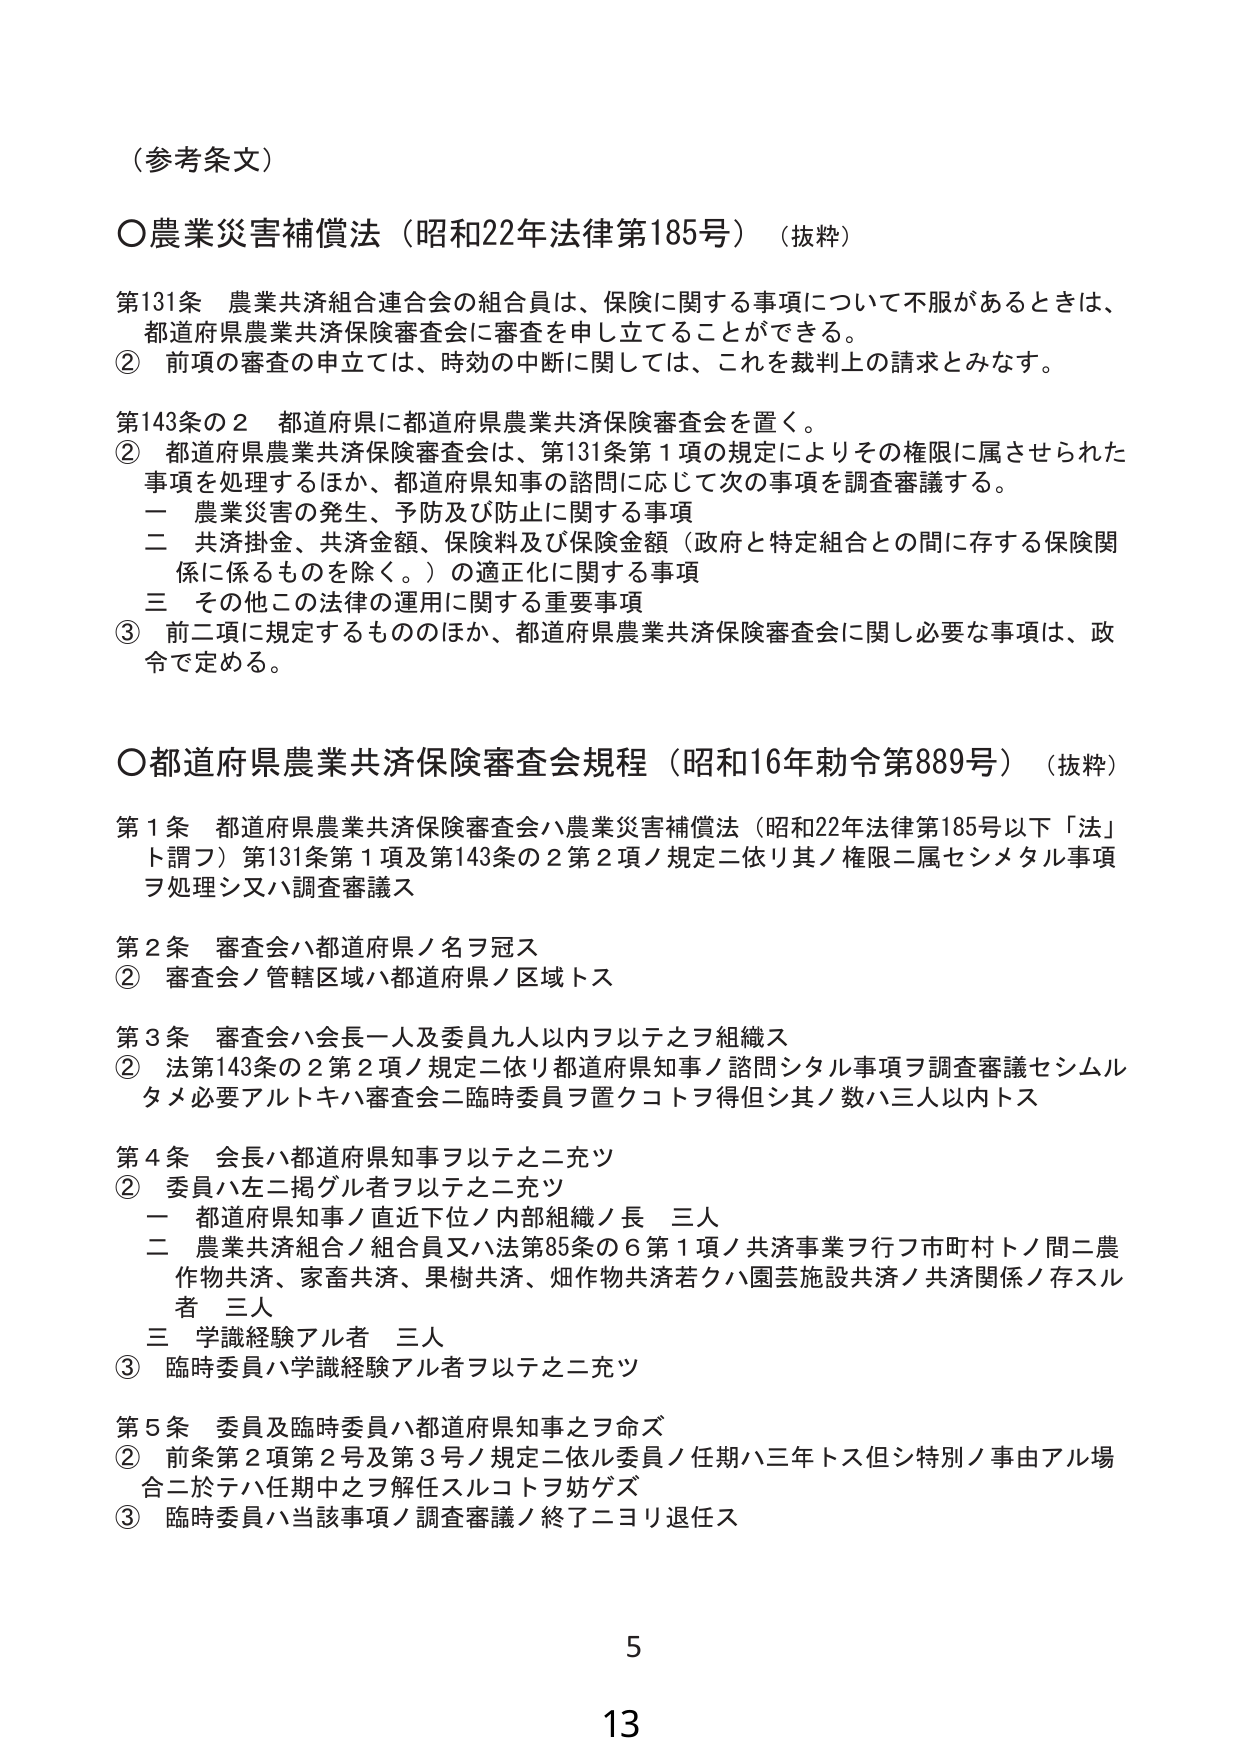
（参考条文）

○農業災害補償法（昭和22年法律第185号）（抜粋）

第131条 農業共済組合連合会の組合員は、保険に関する事項について不服があるときは、
都道府県農業共済保険審査会に審査を申し立てることができる。
② 前項の審査の申立ては、時効の中断に関しては、これを裁判上の請求とみなす。

第143条の2 都道府県に都道府県農業共済保険審査会を置く。
② 都道府県農業共済保険審査会は、第131条第1項の規定によりその権限に属させられた
事項を処理するほか、都道府県知事の諮問に応じて次の事項を調査審議する。
一 農業災害の発生、予防及び防止に関する事項
二 共済掛金、共済金額、保険料及び保険金額（政府と特定組合との間に存する保険関
係に係るものを除く。）の適正化に関する事項
三 その他この法律の運用に関する重要事項
③ 前二項に規定するもののほか、都道府県農業共済保険審査会に関し必要な事項は、政
令で定める。

○都道府県農業共済保険審査会規程（昭和16年勅令第889号）（抜粋）

第1条 都道府県農業共済保険審査会ハ農業災害補償法（昭和22年法律第185号以下「法」
ト謂フ）第131条第1項及第143条の2第2項ノ規定ニ依リ其ノ権限ニ属セシメタル事項
ヲ処理シ又ハ調査審議ス

第2条 審査会ハ都道府県ノ名ヲ冠ス
② 審査会ノ管轄区域ハ都道府県ノ区域トス

第3条 審査会ハ会長一人及委員九人以内ヲ以テ之ヲ組織ス
② 法第143条の2第2項ノ規定ニ依リ都道府県知事ノ諮問シタル事項ヲ調査審議セシムル
タメ必要アルトキハ審査会ニ臨時委員ヲ置クコトヲ得但シ其ノ数ハ三人以内トス

第4条 会長ハ都道府県知事ヲ以テ之ニ充ツ
② 委員ハ左ニ掲グル者ヲ以テ之ニ充ツ
一 都道府県知事ノ直近下位ノ内部組織ノ長 三人
二 農業共済組合ノ組合員又ハ法第85条の6第1項ノ共済事業ヲ行フ市町村トノ間ニ農
作物共済、家畜共済、果樹共済、畑作物共済若クハ園芸施設共済ノ共済関係ノ存スル
者 三人
三 学識経験アル者 三人
③ 臨時委員ハ学識経験アル者ヲ以テ之ニ充ツ

第5条 委員及臨時委員ハ都道府県知事之ヲ命ズ
② 前条第2項第2号及第3号ノ規定ニ依ル委員ノ任期ハ三年トス但シ特別ノ事由アル場
合ニ於テハ任期中之ヲ解任スルコトヲ妨ゲズ
③ 臨時委員ハ当該事項ノ調査審議ノ終了ニヨリ退任ス

5
13